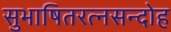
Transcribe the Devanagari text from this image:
सुभाषितरत्नसन्दोह